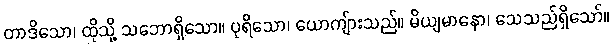
တာဒိသော၊ ထိုသို့ သဘောရှိသော။ ပုရိသော၊ ယောကျ်ားသည်။ မိယျမာနော၊ သေသည်ရှိသော်။